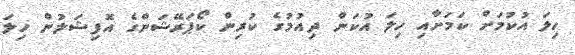
ހިލަ އުކުމަށް ކަމަށާއި ހިލަ އުކަން ދިއުމުގެ ކުރިން ކޯޕަރޭޝަންގެ އޮފިޝަލުން ހިލަ